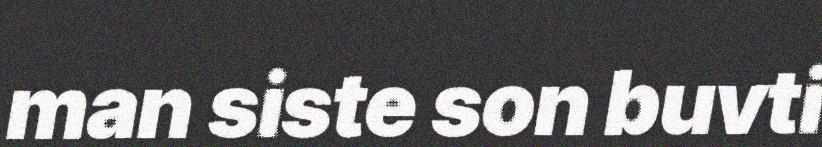
man siste son buvti